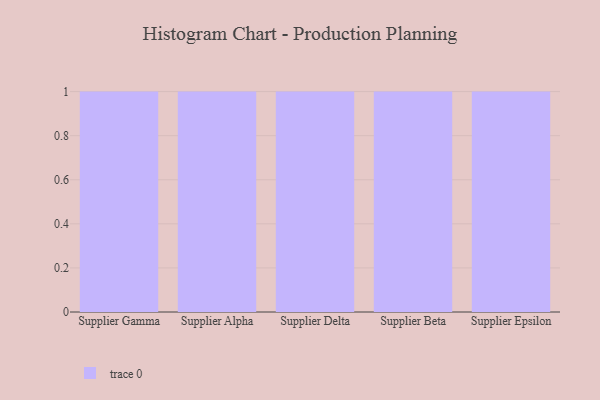
{"axis": {"x": "Supplier", "y": "Backlog"}, "legend": [""], "data": [{"x": "Supplier Gamma", "y": 37, "type": ""}, {"x": "Supplier Alpha", "y": 29, "type": ""}, {"x": "Supplier Delta", "y": 22, "type": ""}, {"x": "Supplier Beta", "y": 85, "type": ""}, {"x": "Supplier Epsilon", "y": 69, "type": ""}]}